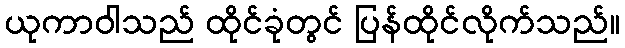
ယုကာဝါသည် ထိုင်ခုံတွင် ပြန်ထိုင်လိုက်သည်။